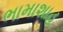
ભામાશાહ